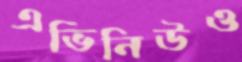
এভিনিউও